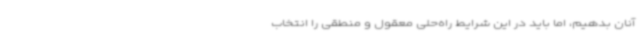
آنان بدهیم، اما باید در این شرایط راه‌حلی معقول و منطقی را انتخاب